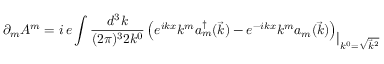
\partial _ { m } A ^ { m } = i \, e \int \frac { d ^ { 3 } k } { ( 2 \pi ) ^ { 3 } 2 k ^ { 0 } } \left( e ^ { i k x } k ^ { m } a _ { m } ^ { \dagger } ( \vec { k } ) - e ^ { - i k x } k ^ { m } a _ { m } ( \vec { k } ) \right) _ { \displaystyle | _ { k ^ { 0 } = \sqrt { \vec { k } ^ { 2 } } } }